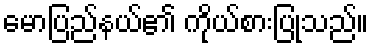
မောပြည်နယ်၏ ကိုယ်စားပြုသည်။